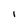
Character: l